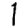
Digit: 1